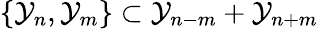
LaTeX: \{ \mathcal{Y}_{n},\mathcal{Y}_{m}\} \subset\mathcal{Y}_{n-m}+\mathcal{Y}_{n+m}